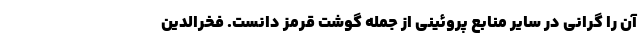
آن را گرانی در سایر منابع پروئینی از جمله گوشت قرمز دانست. فخرالدین